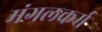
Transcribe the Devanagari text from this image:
मंगलकर्म